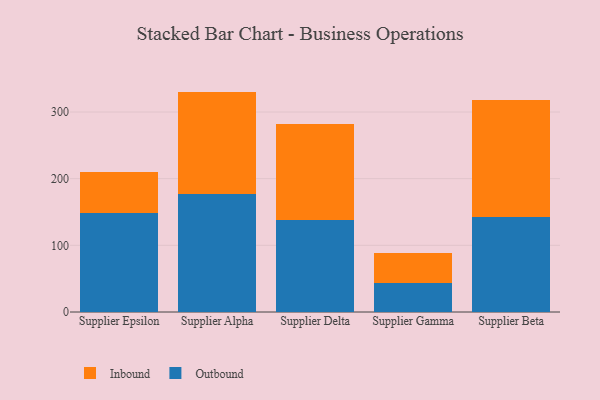
{"axis": {"x": "Supplier", "y": "Active Users"}, "legend": ["Inbound", "Outbound"], "data": [{"x": "Supplier Epsilon", "y": 148.8, "type": "Outbound"}, {"x": "Supplier Epsilon", "y": 61.7, "type": "Inbound"}, {"x": "Supplier Alpha", "y": 176.7, "type": "Outbound"}, {"x": "Supplier Alpha", "y": 153.9, "type": "Inbound"}, {"x": "Supplier Delta", "y": 138.7, "type": "Outbound"}, {"x": "Supplier Delta", "y": 142.6, "type": "Inbound"}, {"x": "Supplier Gamma", "y": 42.9, "type": "Outbound"}, {"x": "Supplier Gamma", "y": 45.5, "type": "Inbound"}, {"x": "Supplier Beta", "y": 142.2, "type": "Outbound"}, {"x": "Supplier Beta", "y": 175.9, "type": "Inbound"}]}